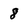
Character: 8